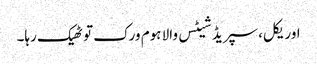
اوریکل، سپریڈ شیٹس والا ہوم ورک تو ٹھیک رہا۔